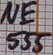
Text: NE555